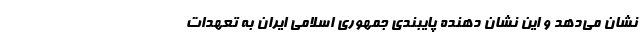
نشان می‌دهد و این نشان دهنده پایبندی جمهوری اسلامی ایران به تعهدات